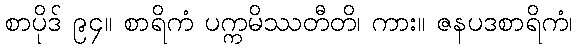
စာပိုဒ် ၉၄။ စာရိကံ ပက္ကမိဿတီတိ၊ ကား။ ဇနပဒစာရိကံ၊